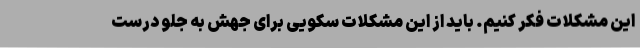
این مشکلات فکر کنیم. باید از این مشکلات سکویی برای جهش به جلو درست